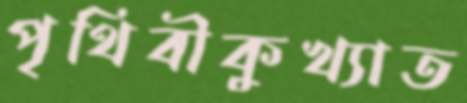
পৃথিবীকুখ্যাত